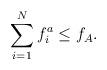
LaTeX: \begin{align*}\sum_{i=1}^Nf^a_{i}\leq f_{A}.\end{align*}